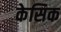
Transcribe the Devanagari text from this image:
केसिक